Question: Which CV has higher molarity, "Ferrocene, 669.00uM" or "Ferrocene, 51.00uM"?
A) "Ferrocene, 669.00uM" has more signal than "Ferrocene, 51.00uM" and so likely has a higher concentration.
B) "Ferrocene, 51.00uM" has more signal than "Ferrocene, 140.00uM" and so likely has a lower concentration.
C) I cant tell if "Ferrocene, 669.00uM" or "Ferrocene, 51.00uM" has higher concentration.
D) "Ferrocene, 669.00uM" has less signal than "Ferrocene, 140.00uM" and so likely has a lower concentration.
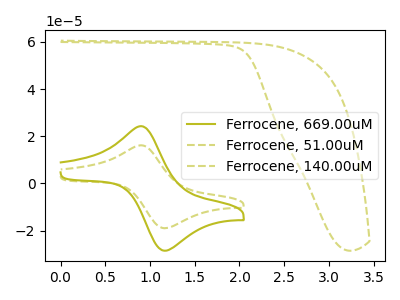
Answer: <think>The olive curve "Ferrocene, 669.00uM" has an anodic peak at (0.90V, 24.25uA) and a cathodic peak at (1.15V, -28.60uA). The olive dashed curve "Ferrocene, 51.00uM" has an anodic peak at (0.90V, 16.15uA) and a cathodic peak at (1.15V, -19.05uA). The olive dashed curve "Ferrocene, 140.00uM" has no peaks.
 All the peaks in "Ferrocene, 669.00uM" have a peak in "Ferrocene, 51.00uM" at the same potential. Every peak in "Ferrocene, 669.00uM" is higher than every peak in "Ferrocene, 51.00uM".</think>
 <answer>A) "Ferrocene, 669.00uM" has more signal than "Ferrocene, 51.00uM" and so likely has a higher concentration.</answer>
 <eval>A</eval>